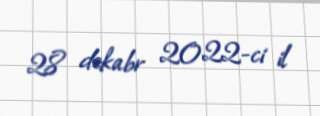
28 dekabr 2022-ci il